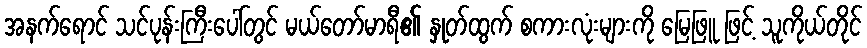
အနက်ရောင် သင်ပုန်းကြီးပေါ်တွင် မယ်တော်မာရီ၏ နှုတ်ထွက် စကားလုံးများကို မြေဖြူ ဖြင့် သူကိုယ်တိုင်